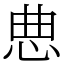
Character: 㤟